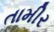
તામીર